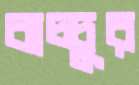
বাচ্চুর